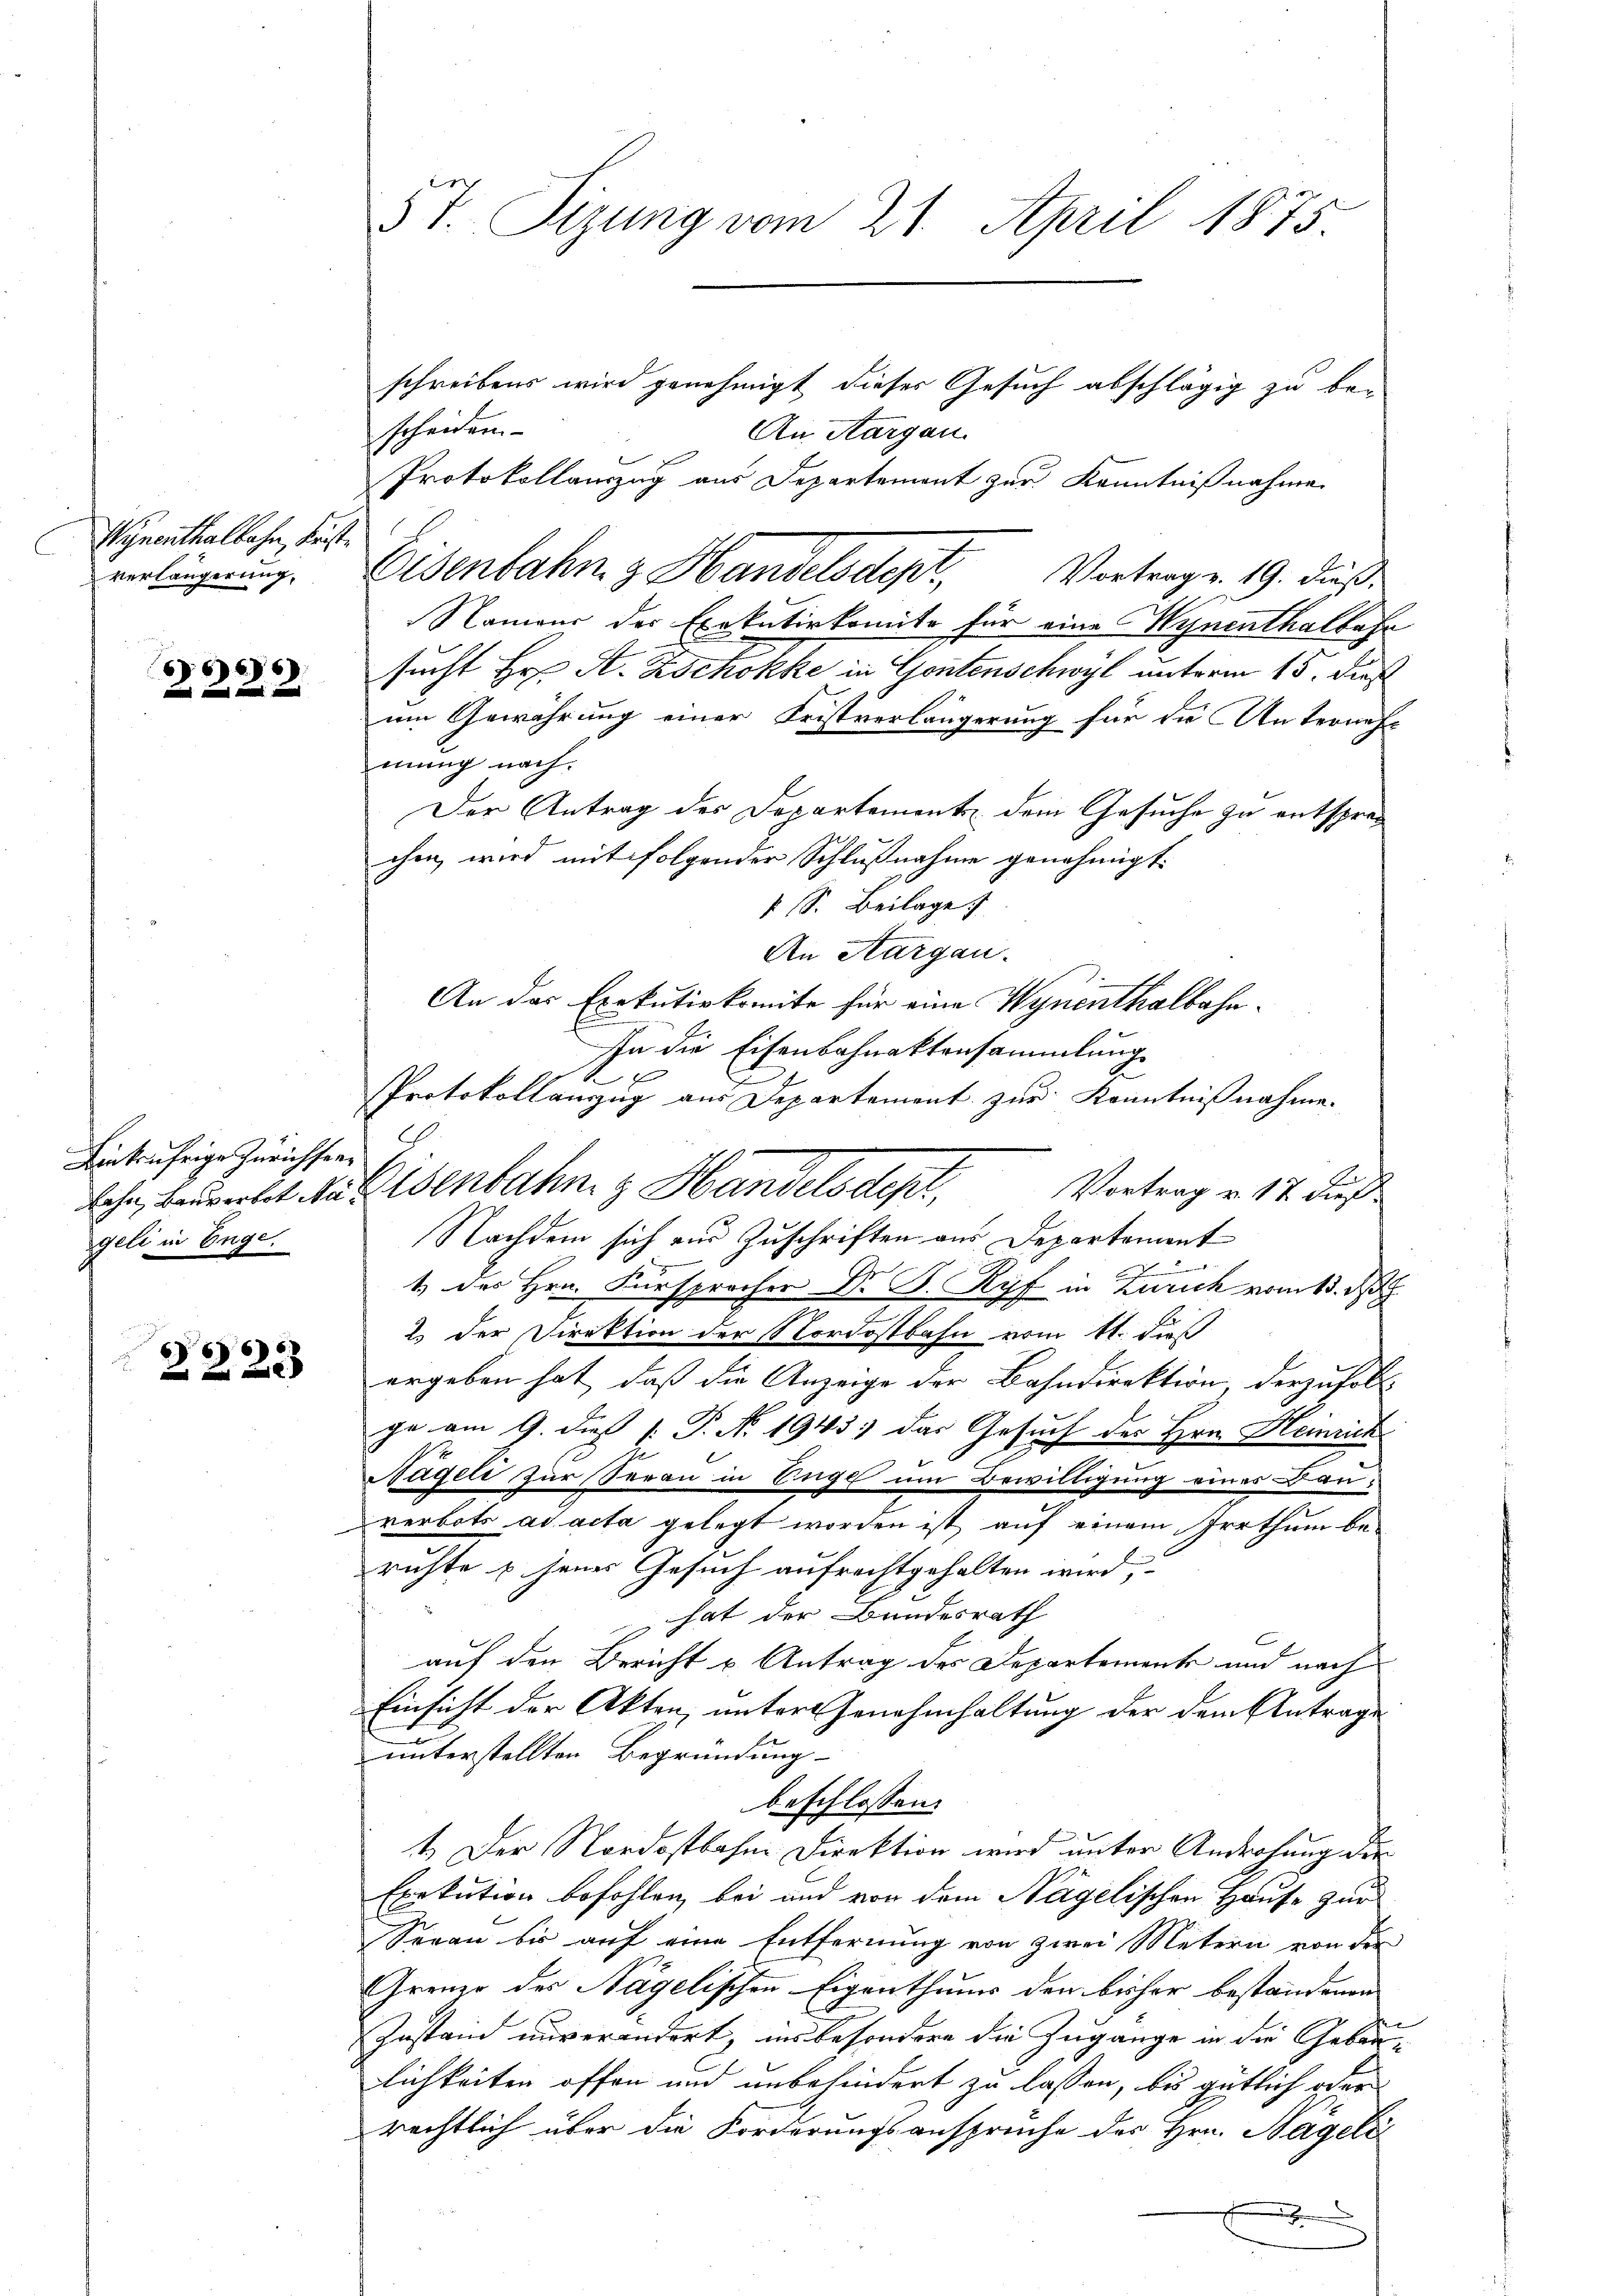
Wynenthalbahn, Friste
verlängerung,

6
28

Linkufrige Zürichtengeli in Enge.

2222

schreibens wird genehmigt dieser Gesuch abschlägig zu be-
scheiden
An Aargau.
Protokollauszug aus Departement zur Kenntnißnahme.
Namour des Exekutivkomite für eine Hynenthalbahr
sucht Hr. A. Zschokke in Gontenschwyl unterm 15. dies
um Gewährung einer Fristverlängerung für die Unternehmung nach.
Der Antrag des Departement dem Gesuche zu entsprechen, wird mit folgender Schlußnahme genehmigt.
 S. Beilage
An Aargau.
An das Exekutivkomite für eine Wynenthalbahn-
In die Eisenbahnaktensammlung
1
Protokollauszug aus Departement zur Kenntnißnahme.
2
Vortrag v. 17 dieß
Nachdem sich zur Zuschriften aus Departement

1 des Hrn. Fürsprocher Dr. B. Ryf in Zürich vom 15. d
2. der Direktion der Nordostbahn vom 11. daß
ergeben hat, daß die Anzeige der Bahndirektion, derzufoll-
ge am 9. dieß [ P. No. 1943.) das Gesuch des Hrn. Heinrich
Nägeli zur Seran in Enge um Bewilligung eines anverbots ad acta gelegt worden ist auf einem Irrthum beruchte u. jenes Gesuch aufrechtgehalten wird,
hat der Bundesrath
C
auf den Bericht u. Antrag des Departemente und nach
Einsicht der Akten, unter Genehmhaltung der dem Antrage
unterstellten Begründung
beschlossen:
1.) Der Nordostbahne Direktion wird unter Androhung der
Exekution befohlen, bei und von dem Nägelischen Hause zur
Seean bis auf eine Entfernung von zwei Metern von der
Greuer des Nägelischen Eigenthums den bisher bestandenen
Instand unverändert, ins besondere die Zugänge in die Gebäulichkeiten offen und unbehindert zu lassen, bis gütlich oder
rechtlich über die Forderungsansprüche des Hrn. Hagele¬
E

5t. Sizung vom 21. April 1875

Lohn bemerkt, da ebenbahn & Handelsdep

Osenbahn z. Handelsdent. Vortrage. 19. dieß